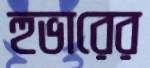
হুভারের